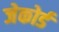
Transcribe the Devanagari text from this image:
जेकोर्ड